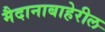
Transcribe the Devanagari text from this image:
मैदानाबाहेरील